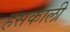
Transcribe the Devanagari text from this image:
हंसकाली